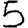
Digit: 5